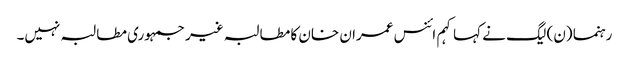
رہنما (ن) لیگ نے کہا کہم ائنس عمران خان کا مطالبہ غیر جمہوری مطالبہ نہیں۔